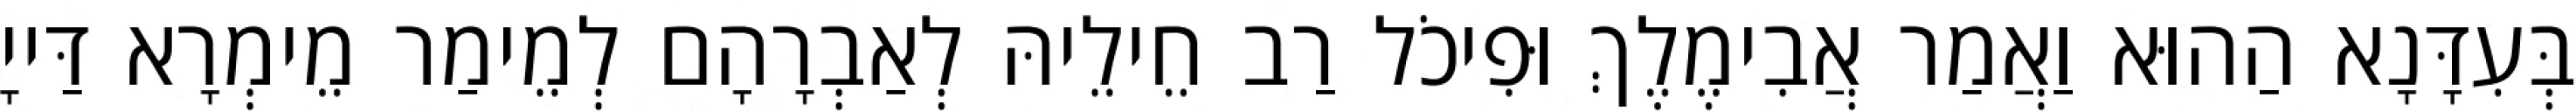
בְּעִדָּנָא הַהוּא וַאֲמַר אֲבִימֶלֶךְ וּפִיכֹל רַב חֵילֵיהּ לְאַבְרָהָם לְמֵימַר מֵימְרָא דַּייָ